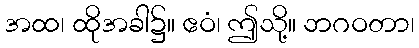
အထ၊ ထိုအခါ၌။ ဧဝံ၊ ဤသို့။ ဘဂဝတာ၊